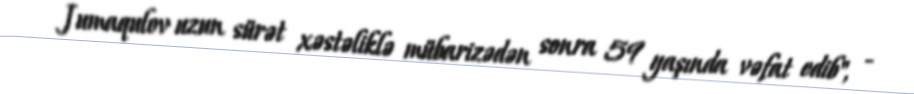
Jumaqulov uzun sürət xəstəliklə mübarizədən sonra 59 yaşında vəfat edib", -